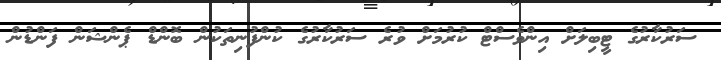
ސަރުކާރުގެ ޓީބިލަށް އިންވެސްޓް ކުރުމަށް ވުރެ ސަރުކާރުގެ ކުންފުނިތަކުން ބޮންޑް ޕެންޝަން ފަންޑުން